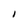
Character: I